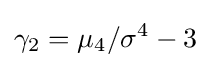
\gamma _{2}=\mu _{4}/\sigma ^{4}-3